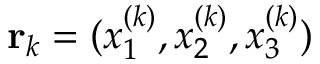
\mathbf { r } _ { k } = ( x _ { 1 } ^ { ( k ) } , x _ { 2 } ^ { ( k ) } , x _ { 3 } ^ { ( k ) } )